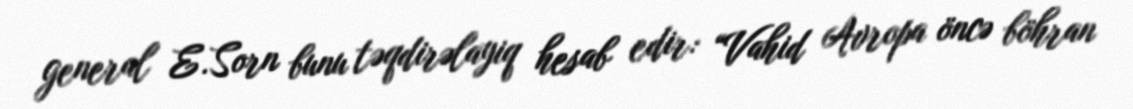
general E.Sorn bunu təqdirəlayiq hesab edir: “Vahid Avropa öncə böhran